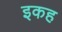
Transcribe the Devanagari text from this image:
इकह